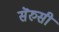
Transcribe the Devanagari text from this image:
सॆरुसी